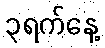
၃ရက်နေ့